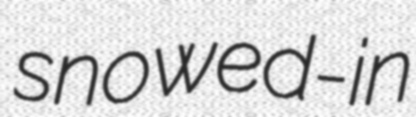
snowed-in